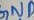
Text: GND